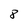
Character: 8